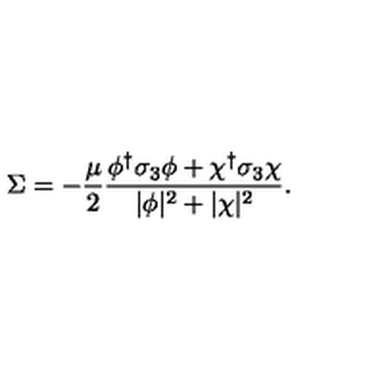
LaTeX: \Sigma = - { \frac { \mu } { 2 } } { \frac { \phi ^ { \dagger } \sigma _ { 3 } \phi + \chi ^ { \dagger } \sigma _ { 3 } \chi } { | \phi | ^ { 2 } + | \chi | ^ { 2 } } } .